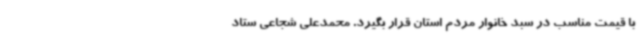
با قیمت مناسب در سبد خانوار مردم استان قرار بگیرد. محمدعلی شجاعی ستاد